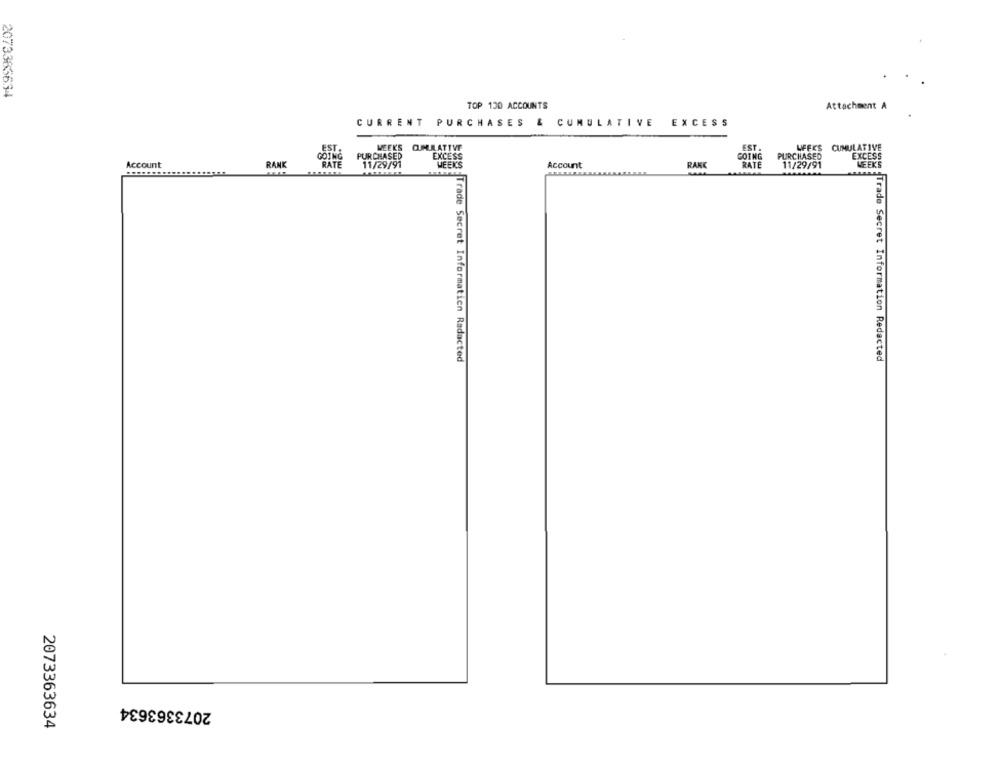
2073365634
TOP 130 ACCOUNTS
Attachment
CURRENT PURCHASES & CUMULATIVE
EXCESS
EST.
EST.
WEEK'S CUMULATIVE
LEFES CUMULATIVE
GOING
PURCHASED
EXCESS
GOING
PURCHASED
EXCESS
Account
RANK
RATE
11/29/91
WEEKS
Account
RAKE
RATE
11/29/91
WEEKS
s. Trade Secret Informatien Radacted
Inte Trade Secret Information Redacted
2073363634
2073363634